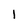
Character: I